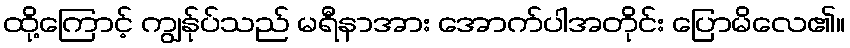
ထို့ကြောင့် ကျွန်ုပ်သည် မရီနာအား အောက်ပါအတိုင်း ပြောမိလေ၏။